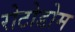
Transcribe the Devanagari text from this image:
रोटोडोम